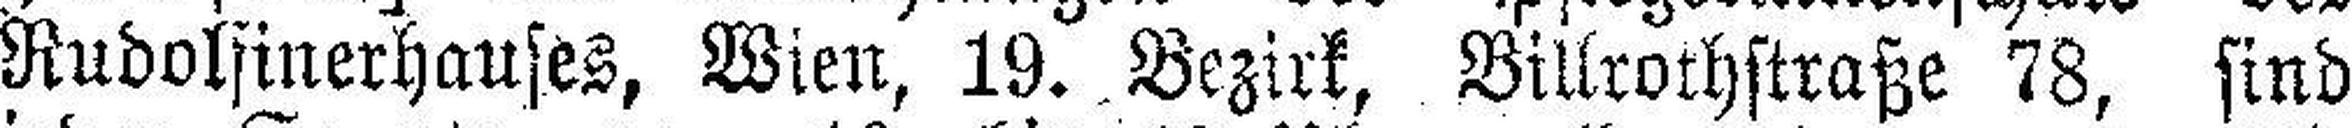
Rudolfinerhauses, Wien, 19. Bezirk, Billrothstraße 78, sind